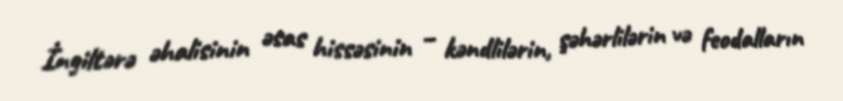
İngiltərə əhalisinin əsas hissəsinin – kəndlilərin, şəhərlilərin və feodalların